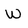
Character: W